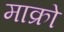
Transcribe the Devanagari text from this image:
माक्रो